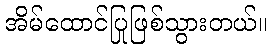
အိမ်ထောင်ပြုဖြစ်သွားတယ်။